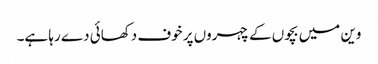
وین میں بچوں کے چہروں پر خوف دکھائی دے رہا ہے۔